Mental hospitals Bombay report 1921-28 - 1921-1928
Year: 1921
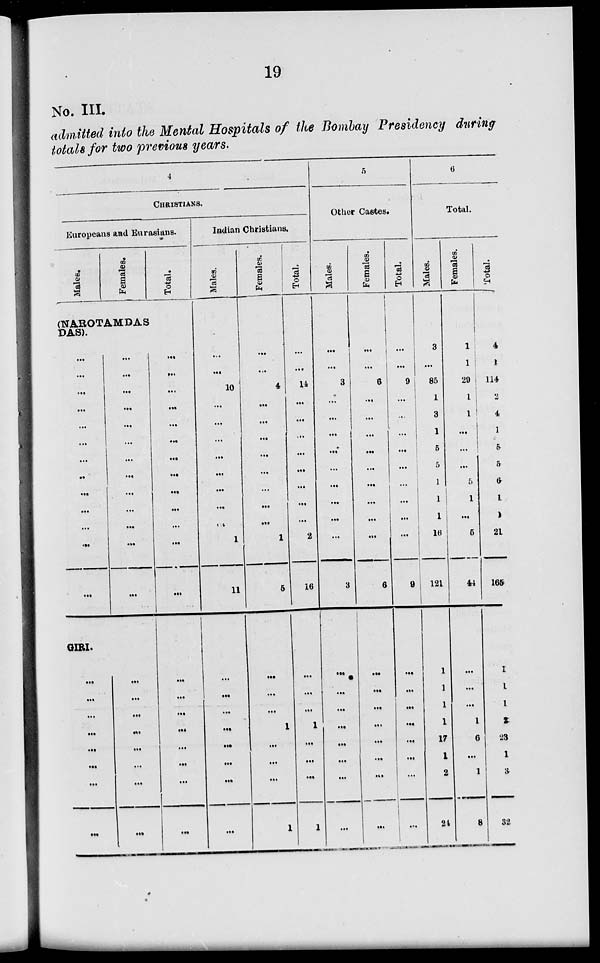
19
No. III.
admitted into the Mental Hospitals of the Bombay Presidency during
totals for two previous years.
4
CHRISTIANS.
Europeans and Eurasians.
Males.
Females.
Total.
(NAROTAMDAS
DAS).
...
...
...
...
...
...
...
...
...
...
...
...
...
...
...
...
...
...
...
...
...
...
...
...
...
...
GIRI.
...
...
...
...
...
...
...
...
...
...
...
...
...
...
...
...
...
...
...
...
...
...
...
...
...
...
...
...
...
...
...
...
...
...
...
...
...
Indian Christians.
Males.
...
...
10
...
...
...
...
...
...
...
...
1
11
...
...
...
...
...
...
...
...
Females.
...
...
4
...
...
...
...
...
...
...
...
1
5
...
...
...
1
...
...
...
1
Total.
...
...
14
...
...
...
...
...
...
...
...
2
16
...
...
...
1
...
...
...
1
5
Other Castes.
Males.
...
...
3
...
...
...
...
...
...
...
...
...
3
...
...
...
...
...
...
...
...
Females.
...
...
6
...
...
...
...
...
...
...
...
...
6
...
...
...
...
...
...
...
...
Total.
...
...
9
...
...
...
...
...
...
...
...
...
9
...
...
...
...
...
...
...
...
6
Total.
Males.
3
...
85
1
3
1
5
5
1
1
1
16
121
1
1
1
1
17
1
2
24
Females.
1
1
29
1
1
...
...
...
5
1
...
5
44
...
...
...
1
6
...
1
8
Total.
4
1
114
2
4
1
5
5
6
1
1
21
165
1
1
1
2
23
1
3
32